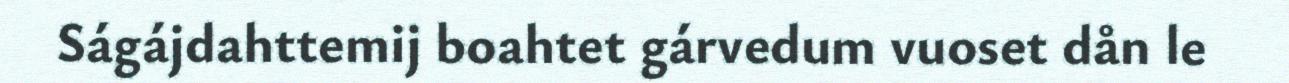
Ságájdahttemij boahtet gárvedum vuoset dån le